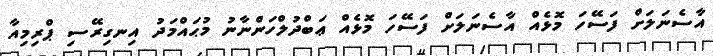
އާސެނަލަށް ފަސޭހަ މޮޅެއް އާސެނަލަށް ފަސޭހަ މޮޅެއް ޢަބްދުލްހަންނާނު މުޙައްމަދު އިނގިރޭސި ޕްރިމިއާ